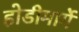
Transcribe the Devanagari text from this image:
होडीमार्गे